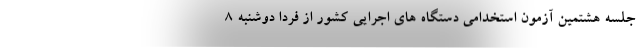
جلسه هشتمین آزمون استخدامی دستگاه های اجرایی کشور از فردا دوشنبه ۸